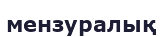
мензуралық